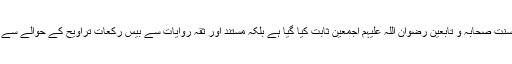
اس کتاب میں نہ صرف نمازِ تراویح کو بطور سنتِ رسول صلی اللہ علیہ وآلہ وسلم اور سنتِ صحابہ و تابعین رضوان اللہ علیہم اجمعین ثابت کیا گیا ہے بلکہ مستند اور ثقہ روایات سے بیس رکعات تراویح کے حوالے سے پھیلائے گئے مغالطوں کا محدثانہ، عالمانہ اور محققانہ انداز میں ازالہ بھی کیا گیا ہے۔